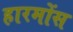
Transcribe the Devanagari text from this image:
हारमोंस